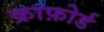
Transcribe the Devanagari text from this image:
क्राफ़ोर्ड